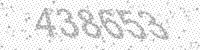
Solution: 438653